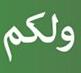
ولكم